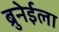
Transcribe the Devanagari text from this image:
ब्रुनेईला